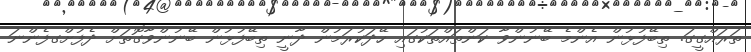
ތަރައްގީގަ. ތިބޭފުޅުން އެންމެ ބޭނުންވާ ކަންތައްތަކުގައި ހޭދަކުރަމުން ދާނީ ތިބޭފުޅުން ބޭނުންވާގޮތަށް ދެފުށްގފެންނަ